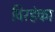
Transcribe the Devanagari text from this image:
विरहंका